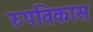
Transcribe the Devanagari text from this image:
रुपविकास